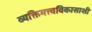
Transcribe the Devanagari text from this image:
व्यक्तिमत्त्वविकासाशी